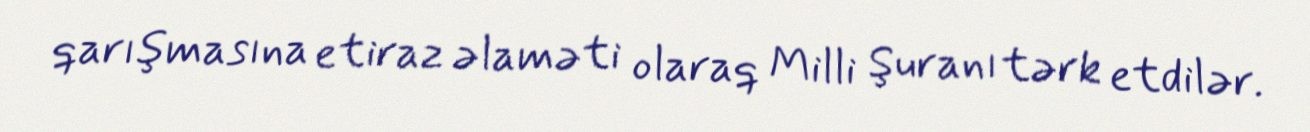
qarışmasına etiraz əlaməti olaraq Milli Şuranı tərk etdilər.